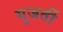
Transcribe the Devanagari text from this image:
गुजर्ती